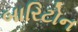
બારિટોન